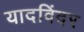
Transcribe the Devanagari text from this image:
यादविंदर